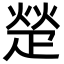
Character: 𬏙